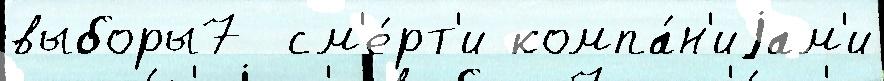
выборы7  см'е́рт'и компа́н'иjам'и